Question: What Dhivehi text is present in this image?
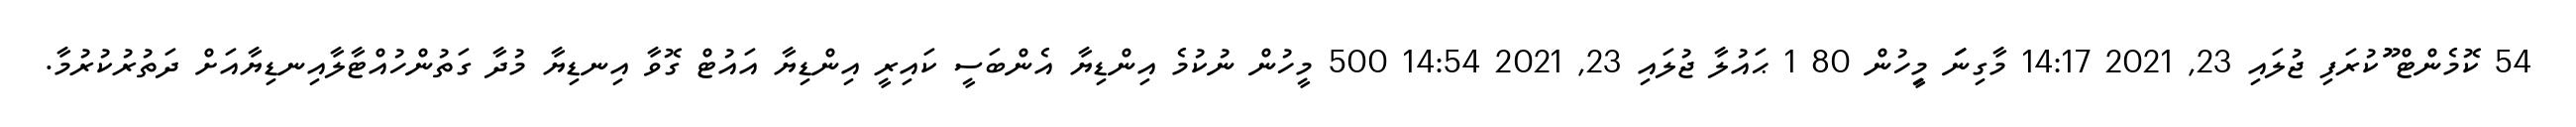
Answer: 54 ކޮމެންޓް ޫުކުރަފި ޖުލައި 23, 2021 14:17 މާގިނަަަ މިިީހުން 80 1 ޙައުލާ ޖުލައި 23, 2021 14:54 500 މީހުން ނުކުމެ އިންޑިޔާ އެންބަސީ ކައިރީ އިންޑިޔާ އައުޓް ގޮވާ އިނޑިޔާ މުދާ ގަތުންހުއްޓާލާއިނޑިޔާއަށް ދަތުރުކުރުމާ.